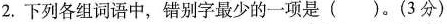
2.下列各组词语中，错别字最少的一项是（）。(3分)